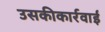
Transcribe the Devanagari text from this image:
उसकीकार्रवाई